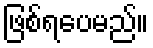
ဖြစ်ရပေမည်။